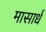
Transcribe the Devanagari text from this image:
मासार्धं